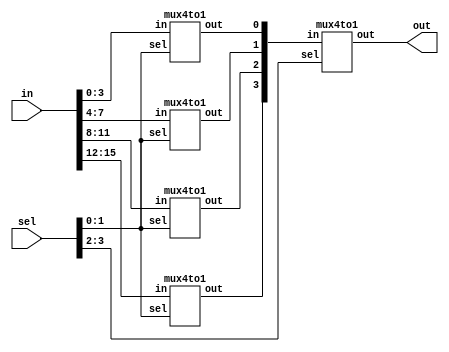
//16to1 mux using 4to1
module mux16to1(out,in,sel);
    input [15:0]in;
    input [3:0]sel;
    output out;
    wire [3:0]t;
    mux4to1 m0 (t[0],in[3:0],sel[1:0]);
    mux4to1 m1 (t[1],in[7:4],sel[1:0]);
    mux4to1 m2 (t[2],in[11:8],sel[1:0]);
    mux4to1 m3 (t[3],in[15:12],sel[1:0]);
    mux4to1 m4 (out,t,sel[3:2]);
endmodule
//4to1 mux using 2to1
module mux4to1(out,in,sel);
    input[3:0]in;
    input[1:0]sel;
    output out;
    wire [1:0]t;
    mux2to1 m0(t[0],in[1:0],sel[0]);
    mux2to1 m1(t[1],in[3:2],sel[0]);
    mux2to1 m3(out,t,sel[1]);
endmodule
//2to1 mux structural
module mux2to1(out,in,sel);
    input[1:0]in;
    input sel;
    output out;
    not g1(t1,sel);
    and g2(t2,in[0],t1);
    and g3(t3,in[1],sel);
    or g4(out,t2,t3);
endmodule